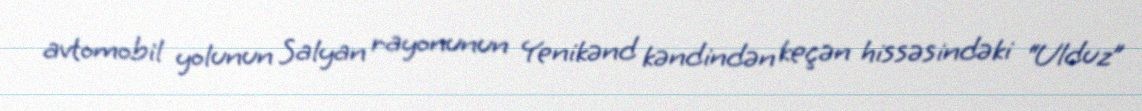
avtomobil yolunun Salyan rayonunun Yenikənd kəndindən keçən hissəsindəki “Ulduz”